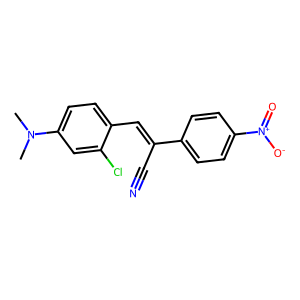
SMILES: CN(C)c1ccc(C=C(C#N)c2ccc([N+](=O)[O-])cc2)c(Cl)c1
Inhibits HIV replication: No